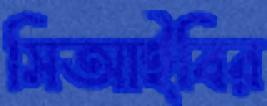
সিআইবির